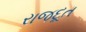
રાજદૂત